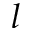
l